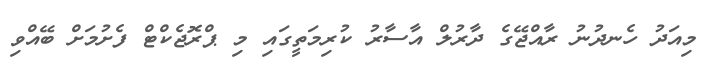
މިއަދު ހެނދުނު ރާއްޖޭގެ ދާރުލް އާސާރު ކުރިމަތީގައި މި ޕްރޮޖެކްޓް ފެށުމަށް ބޭއްވި